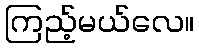
ကြည့်မယ်လေ။